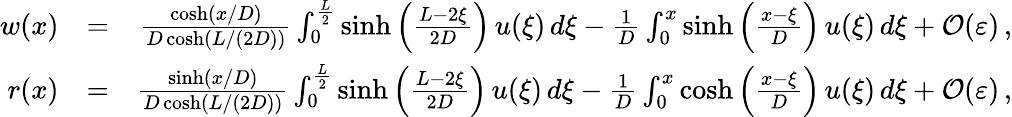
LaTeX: \begin{array}{r}{\begin{array}{rlr}{w(x)}&{=}&{\frac{\cosh\left(x/D\right)}{D\cosh\left(L/(2D)\right)}\int_{0}^{\frac L2}\sinh\left(\frac{L-2\xi}{2D}\right)\, u(\xi)\, d\xi-\frac 1D\int_{0}^{x}\sinh\left(\frac{x-\xi}D\right)\, u(\xi)\, d\xi+\mathcal{O}(\varepsilon)\, ,}\\ {r(x)}&{=}&{\frac{\sinh\left(x/D\right)}{D\cosh\left(L/(2D)\right)}\int_{0}^{\frac L2}\sinh\left(\frac{L-2\xi}{2D}\right)\, u(\xi)\, d\xi-\frac 1D\int_{0}^{x}\cosh\left(\frac{x-\xi}D\right)\, u(\xi)\, d\xi+\mathcal{O}(\varepsilon)\, ,}\end{array}}\end{array}